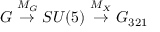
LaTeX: G \stackrel { M _ { G } } { \rightarrow } S U ( 5 ) \stackrel { M _ { X } } { \rightarrow } G _ { 3 2 1 }